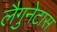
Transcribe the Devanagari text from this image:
लैगुनेटास